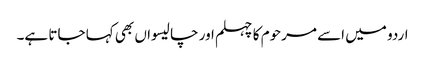
اردو میں اسے مرحوم کا چہلم اور چالیسواں بھی کہا جاتا ہے۔